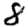
Digit: 8